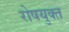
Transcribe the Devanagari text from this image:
रोषयुक्त